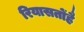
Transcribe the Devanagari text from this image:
रियासतोंहै